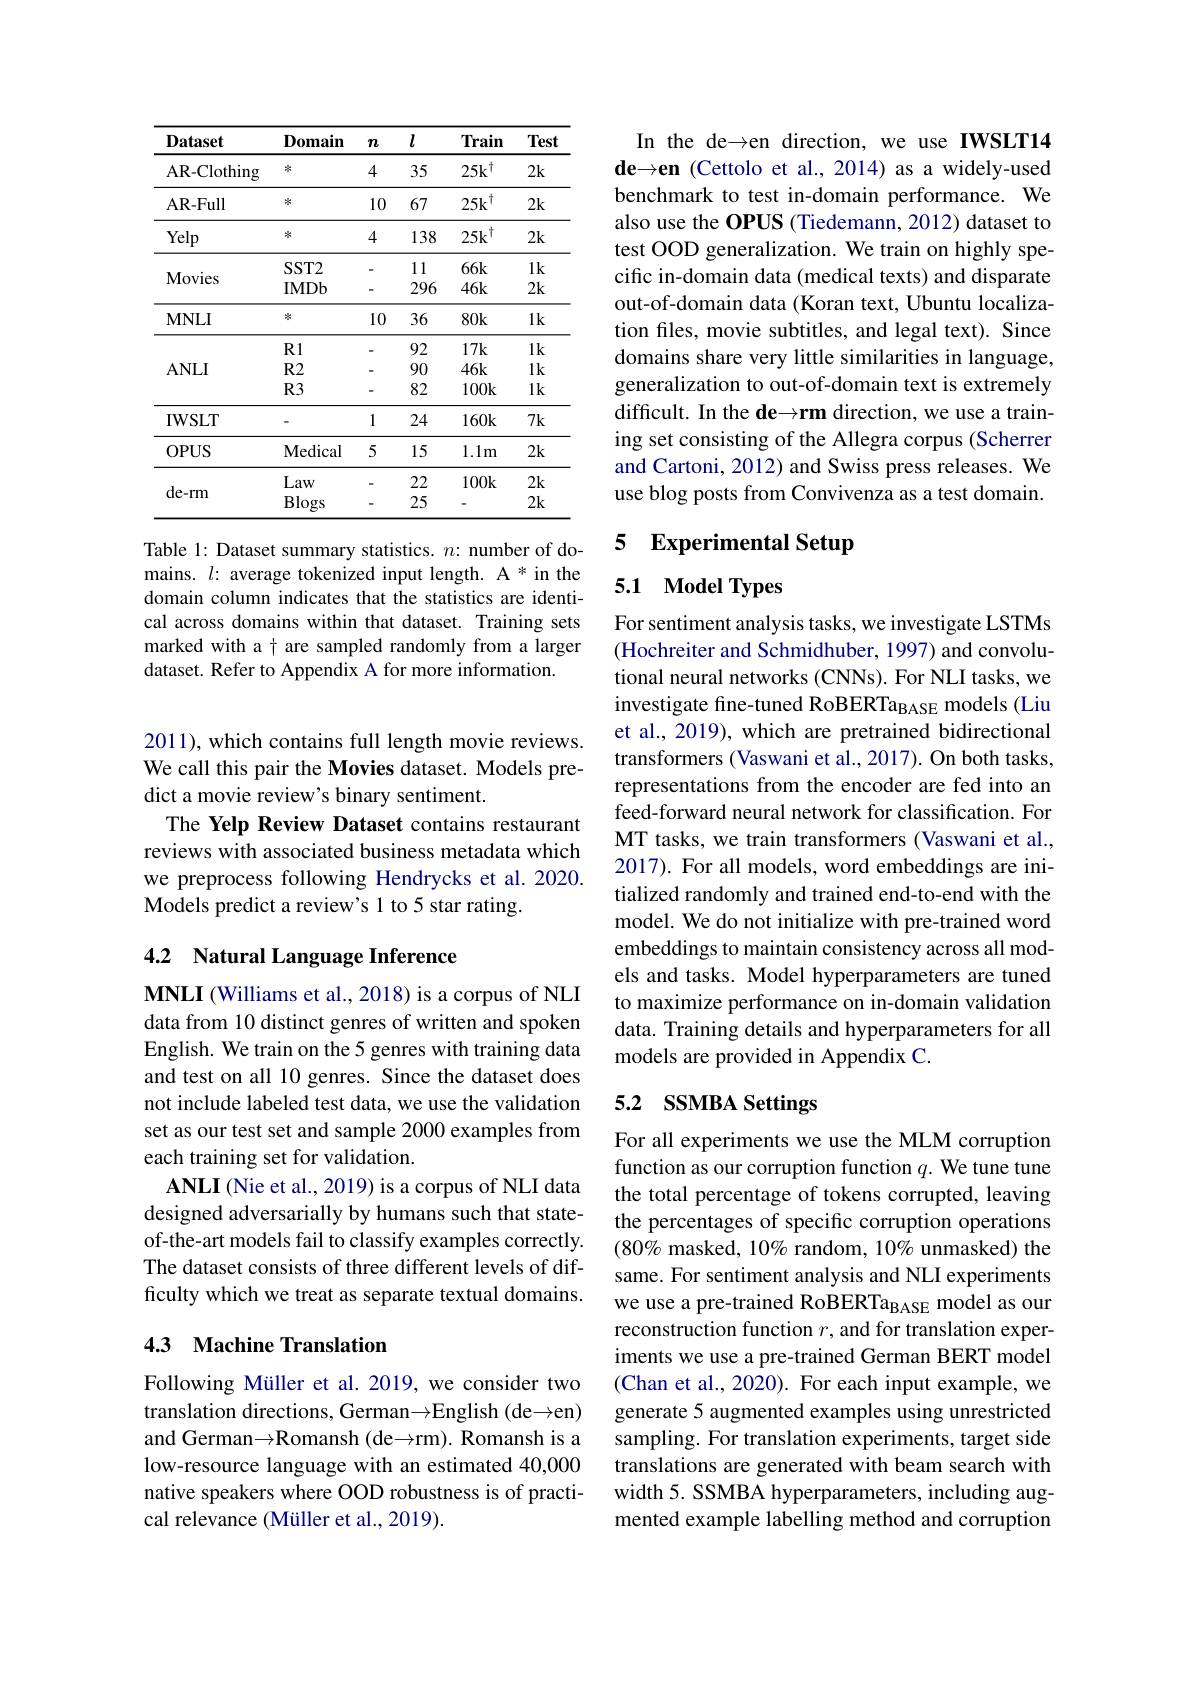
<table>
	<tbody>
		<tr>
			<th>$\mathbf{Dataset}$</th>
			<th>$\mathbf{D}_{0}$main</th>
			<th>$\boldsymbol{n}$</th>
			<th>$l$</th>
			<th>Train</th>
			<th>Test</th>
		</tr>
		<tr>
			<td>AR-Clothing</td>
			<td>冰</td>
			<td>4</td>
			<td>35</td>
			<td>$25k^{\dagger}$</td>
			<td>2k</td>
		</tr>
		<tr>
			<td>AR- Full</td>
			<td>冰</td>
			<td>10</td>
			<td>67</td>
			<td>$25k$ 1</td>
			<td>2k</td>
		</tr>
		<tr>
			<td>Yelp</td>
			<td>冰</td>
			<td>4</td>
			<td>138</td>
			<td>$25k$ 1</td>
			<td>2k</td>
		</tr>
		<tr>
			<td rowspan="2">Movies</td>
			<td>$SST2$</td>
			<td>-</td>
			<td>11</td>
			<td>$66k$</td>
			<td>$1k$</td>
		</tr>
		<tr>
			<td>IMDb</td>
			<td>-</td>
			<td>296</td>
			<td>$46k$</td>
			<td>2k</td>
		</tr>
		<tr>
			<td>$\mathbf{MNLI}$</td>
			<td>冰</td>
			<td>10</td>
			<td>36</td>
			<td>$80k$</td>
			<td>$1k$</td>
		</tr>
		<tr>
			<td rowspan="3">$ANLI$</td>
			<td>R1</td>
			<td>-</td>
			<td>92</td>
			<td>$17k$</td>
			<td>$1k$</td>
		</tr>
		<tr>
			<td>$R2$</td>
			<td>-</td>
			<td>90</td>
			<td>$46k$</td>
			<td>$1k$</td>
		</tr>
		<tr>
			<td>$R3$</td>
			<td>-</td>
			<td>82</td>
			<td>$100k$</td>
			<td>$1k$</td>
		</tr>
		<tr>
			<td>$\mathbf{IWSLT}$</td>
			<td> </td>
			<td>1</td>
			<td>24</td>
			<td>$160k$</td>
			<td>$7k$</td>
		</tr>
		<tr>
			<td>$OPUS$</td>
			<td>Medical</td>
			<td>5</td>
			<td>15</td>
			<td>$1.1m$</td>
			<td>2k</td>
		</tr>
		<tr>
			<td rowspan="2">de-rm</td>
			<td>Law</td>
			<td>-</td>
			<td>22</td>
			<td>$100k$</td>
			<td>2k</td>
		</tr>
		<tr>
			<td>Blogs</td>
			<td>-</td>
			<td>25</td>
			<td> </td>
			<td>2k</td>
		</tr>
	</tbody>
</table>

Table 1: Dataset summary statistics. $n{:}$ number of domains. $l{:}$ average tokenized input length. A * in the domain column indicates that the statistics are identical across domains within that dataset. Training sets marked with a t are sampled randomly from a larger dataset. Refer to Appendix A for more information.

2011), which contains full length movie reviews. We call this pair the Movies dataset. Models predict a movie review's binary sentiment.
The Yelp Review Dataset contains restaurant reviews with associated business metadata which we preprocess following Hendrycks et al.2020. Models predict a review's 1 to 5 star rating.

# 4.2 Natural Language Inference

$\mathbf{MNLI~(Williams~et~al.,~2018)~is~a~corpus~of~NLI}$ data from 10 distinct genres of written and spoken English. We train on the 5 genres with training data and test on all 10 genres. Since the dataset does not include labeled test data, we use the validation set as our test set and sample 2000 examples from each training set for validation.
ANLI (Nie et al., 2019) is a corpus of NLI data designed adversarially by humans such that stateof-the-art models fail to classify examples correctly. The dataset consists of three different levels of difficulty which we treat as separate textual domains.

## 4.3 Machine Translation

Following Müller et al. 2019, we consider two translation directions, German$\to$E$nglish ( de\to en)$ and German$\to\mathbb{R}$omansh (de$\to$rm). Romansh is a low-resource language with an estimated 40,000 native speakers where OOD robustness is of practical relevance (Müller et al., 2019).

In the de→en direction, we use IWSLT14 de$\to\mathbf{en}$ (Cettolo et al., 2014) as a widely-used benchmark to test in-domain performance. We also use the OPUS (Tiedemann, 2012) dataset to test OOD generalization. We train on highly specific in-domain data (medical texts) and disparate out-of-domain data (Koran text, Ubuntu localization files, movie subtitles, and legal text). Since domains share very little similarities in language, generalization to out-of-domain text is extremely difficult. In the de→rm direction, we use a training set consisting of the Allegra corpus (Scherrer and Cartoni, 2012) and Swiss press releases. We use blog posts from Convivenza as a test domain.

## 5 Experimental Setup

## 5.1 Model Types

For sentiment analysis tasks, we investigate LSTMs (Hochreiter and Schmidhuber, 1997) and convolutional neural networks (CNNs). For NLI tasks, we investigate fine-tuned RoBERTa$_\mathrm{BASE}$ models (Liu et al., 2019), which are pretrained bidirectional transformers (Vaswani et al., 2017). On both tasks, representations from the encoder are fed into an feed-forward neural network for classification. For MT tasks, we train transformers (Vaswani et al., 2017). For all models, word embeddings are initialized randomly and trained end-to-end with the model. We do not initialize with pre-trained word embeddings to maintain consistency across all models and tasks. Model hyperparameters are tuned to maximize performance on in-domain validation data. Training details and hyperparameters for all models are provided in Appendix C.

## 5.2 SSMBA Settings

For all experiments we use the MLM corruption function as our corruption function $q.$ We tune tune the total percentage of tokens corrupted, leaving the percentages of specific corruption operations $(80\%$ masked, 10% random, 10% unmasked) the same. For sentiment analysis and NLI experiments we use a pre-trained RoBERTa$_\mathrm{BASE}$ model as our reconstruction function $r$, and for translation experiments we use a pre-trained German BERT model (Chan et al., 2020). For each input example, we generate 5 augmented examples using unrestricted sampling. For translation experiments, target side translations are generated with beam search with width 5. SSMBA hyperparameters, including augmented example labelling method and corruption